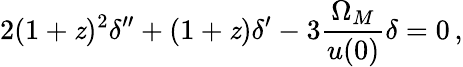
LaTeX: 2(1+\mathit{z})^{2}\delta^{\prime\prime}+(1+\mathit{z})\delta^{\prime}-3\frac{{\Omega_{M}}}{{u(0)}}\delta=0\, ,